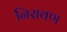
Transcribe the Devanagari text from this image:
निरावण